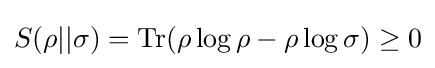
S(\rho ||\sigma )={\rm {Tr}}(\rho \log \rho -\rho \log \sigma )\geq 0